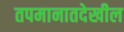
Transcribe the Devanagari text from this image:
तपमानातदेखील